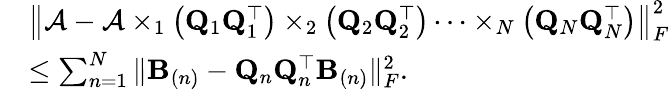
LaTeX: \begin{array}{rl}&{\left\| \mathcal{A}-\mathcal{A}\times_{1}\left({\mathbf Q}_{1}{\mathbf Q}_{1}^{\top}\right)\times_{2}\left({\mathbf Q}_{2}{\mathbf Q}_{2}^{\top}\right)\dots\times_{N}\left({\mathbf Q}_{N}{\mathbf Q}_{N}^{\top}\right)\right\| _{F}^{2}}\\ &{\leq\sum_{n=1}^{N}\| \mathbf{B}_{(n)}-{\mathbf Q}_{n}{\mathbf Q}_{n}^{\top}\mathbf{B}_{(n)}\| _{F}^{2}.}\end{array}